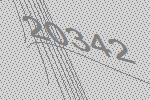
20342